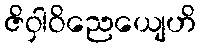
ဇိဝှါဝိညေယျေဟိ